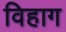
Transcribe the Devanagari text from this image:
विहाग